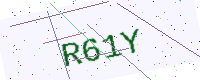
Text: R61Y